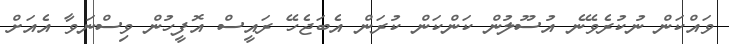
ވައްކަން ނުކުރެވޭނެ އުސޫލުން ކަންކަން ކުރަން އެބަޖެހޭ ރައީސް އޮފީހުން ވިސްނަވާ އެއަށް